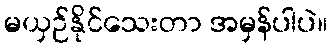
မယှဉ်နိုင်သေးတာ အမှန်ပါပဲ။